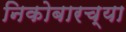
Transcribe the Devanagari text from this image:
निकोबारच्या